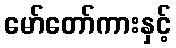
မော်တော်ကားနှင့်